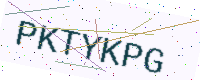
Text: PKTYKPG